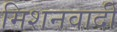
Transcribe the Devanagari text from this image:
मिशनवादी